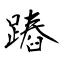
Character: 蹖